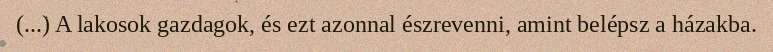
(...) A lakosok gazdagok, és ezt azonnal észrevenni, amint belépsz a házakba.